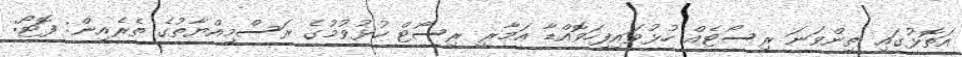
އަތޮޅުގައި ތިންވަނަ ރިސޯޓެއް ހުޅުވައިފިހަވޮއްޑާ އަމާރީ ރިސޯޓް ހުޅުވުމުގެ ރަސްމިއްޔާތުގެ ތެރެއިން: ފޮޓޯ: